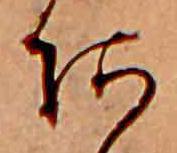
あ